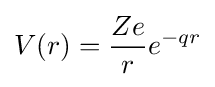
V(r)={\frac {Ze}{r}}e^{-qr}